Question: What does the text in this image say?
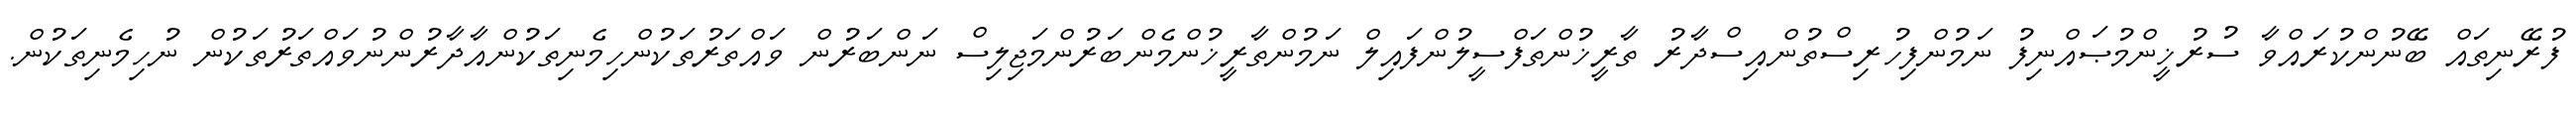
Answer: ފުރޭނިތައް ބޭނުންކުރައްވާ ސުރުޚީންމުޞައްނިފު ނަމުންފިހުރިސްތުންއިސްދާރު ތާރީޚުންތަފްސީލުންފައިލް ނަމުންތާރީޚުންމެންބަރުންމަޖިލިސް ނަންބަރުން ވައްތަރުތަކުންހިމެނިތަކުންއާދާރުންނުވައްތަރުތަކުން ނުހިމެނިތަކުން.